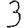
Digit: 3